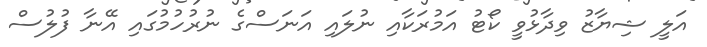
އަލީ ޝިޔާޒު ވިދާޅުވީ ކޯޓު އަމުރަކާއި ނުލައި އަނަސްގެ ނުރުހުމުގައި އޭނާ ފުލުސް